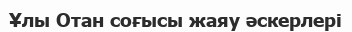
Ұлы Отан соғысы жаяу әскерлері